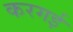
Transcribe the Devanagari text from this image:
करगई